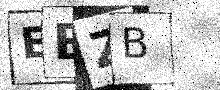
Text: EBZB